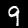
Label: 9